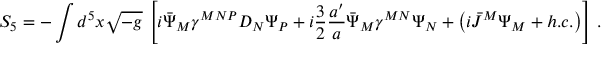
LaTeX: S _ { 5 } = - \int d ^ { 5 } x \sqrt { - g } \, \left[ i \bar { \Psi } _ { M } \gamma ^ { M N P } D _ { N } \Psi _ { P } + i \frac { 3 } { 2 } \frac { a ^ { \prime } } { a } \bar { \Psi } _ { M } \gamma ^ { M N } \Psi _ { N } + \left( i \bar { J } ^ { M } \Psi _ { M } + h . c . \right) \right] \, .